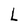
Character: L